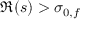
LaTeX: \Re ( s ) > \sigma _ { 0 , f }